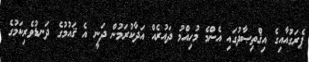
ޕެރަގުއާއިގެ އިޤްތިޞާދުގައި އެންމެ މުހިއްމު ދައުރެއް އަދާކުރަމުން ދަނީ އެ ޤައުމުގެ ދަނޑުވެރިކަމުގެ